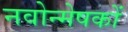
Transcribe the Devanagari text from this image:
नवोन्मेषकों